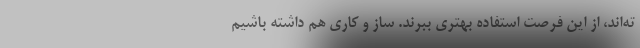
ته‌اند، از این فرصت استفاده بهتری ببرند. ساز و کاری هم داشته باشیم